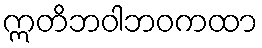
ဣတိဘဝါဘဝကထာ